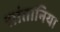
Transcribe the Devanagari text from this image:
सांतानिया